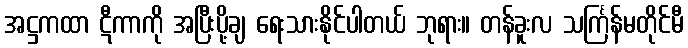
အဋ္ဌကထာ ဋီကာကို အပြီးပို့ချ ရေးသားနိုင်ပါတယ် ဘုရား။ တန်ခူးလ သင်္ကြန်မတိုင်မီ